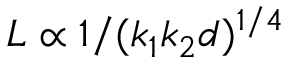
L \propto 1 / ( k _ { 1 } k _ { 2 } d ) ^ { 1 / 4 }